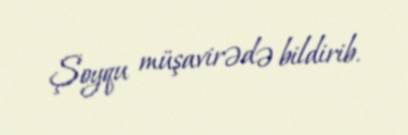
Şoyqu müşavirədə bildirib.